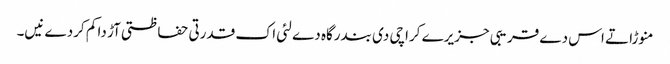
منوڑا تے اس دے قریبی جزیرے کراچی د‏‏ی بندرگاہ دے لئی اک قدرتی حفاظتی آڑ دا کم کردے نی‏‏‏‏ں۔